Indian journal of veterinary science and animal husbandry - Volume 3,
Year: 1933
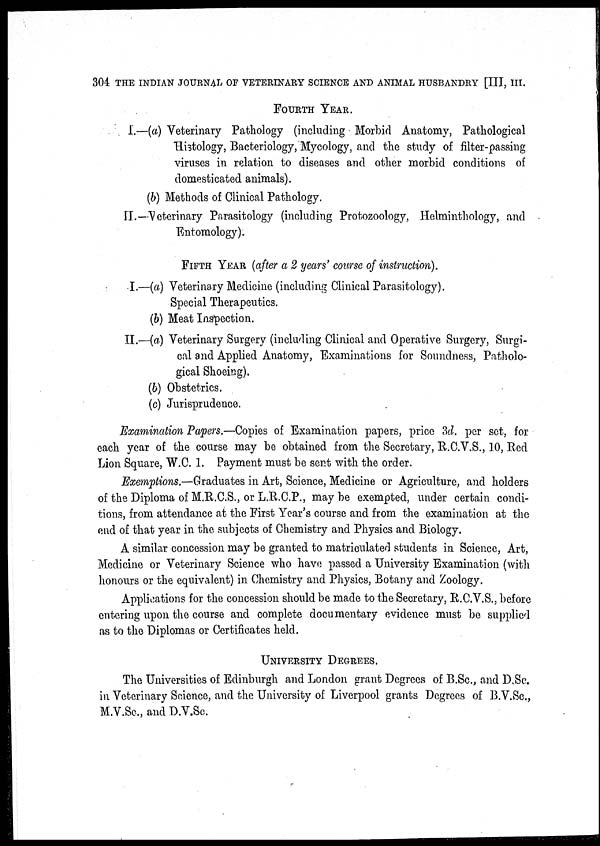
304 THE INDIAN JOURNAL OF VETERINARY SCIENCE A
FOURTH YEAR.
I.—(a) Veterinary Pathology (including Morbid Anatomy, Pathological
Histology, Bacteriology, Mycology, and the study of filter-passing
viruses in relation to diseases and other morbid conditions of
domesticated animals).
(b) Methods of Clinical Pathology.
II.— Veterinary Parasitology (including Protozoology, Helminthology, and
Entomology).
FIFTH YEAR (after a 2 years' course of instruction).
I.—(a) Veterinary Medicine (including Clinical Parasitology).
Special Therapeutics.
(b) Meat Inspection.
II.—(a) Veterinary Surgery (including Clinical and Operative Surgery, Surgi-
cal and Applied Anatomy, Examinations for Soundness, Patholo-
gical Shoeing).
(b) Obstetrics.
(c) Jurisprudence.
Examination Papers.—Copies of Examination papers, price 3d. per set, for
each year of the course may be obtained from the Secretary, R.C.V.S., 10, Red
Lion Square, W.C. 1. Payment must be sent with the order.
Exemptions.—Graduates in Art, Science, Medicine or Agriculture, and holders
of the Diploma of M.R.C.S., or L.R.C.P., may be exempted, under certain condi-
tions, from attendance at the First Year's course and from the examination at the
end of that year in the. subjects of Chemistry and Physics and Biology.
A similar concession may be granted to matriculated students in Science, Art,
Medicine or Veterinary Science who have passed a University Examination (with
honours or the equivalent) in Chemistry and Physics, Botany and Zoology.
Applications for the concession should be made to the Secretary, R.C.V.S., before
entering upon the course and complete documentary evidence must be supplied
as to the Diplomas or Certificates held.
UNIVERSITY DEGREES.
The Universities of Edinburgh and London grant Degrees of B.Sc., and D.Sc.
in Veterinary Science, and the University of Liverpool grants Degrees of B.V.Sc.,
M.V.Sc., and D.V.Sc.